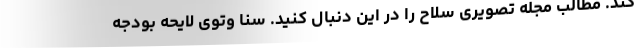
کند. مطالب مجله تصویری سلاح را در این دنبال کنید. سنا وتوی لایحه بودجه